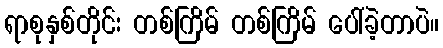
ရာစုနှစ်တိုင်း တစ်ကြိမ် တစ်ကြိမ် ပေါ်ခဲ့တာပဲ။